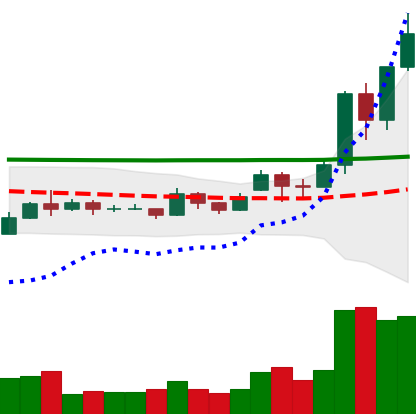
Ticker: EOS-USD
Chart end date: 2020-11-24
Forward return: -15.423%
Label: down_7plus